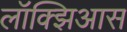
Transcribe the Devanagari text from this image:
लॉक्झिआस